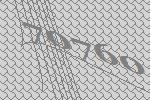
70760